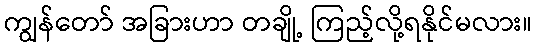
ကျွန်တော် အခြားဟာ တချို့ ကြည့်လို့ရနိုင်မလား။